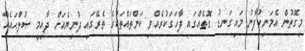
މިގޮތުން އެމަނިކުފާނު މައިގަނޑު ގޮތެއްގައި ފާހަގަކުރެއްވި ކަންތައްތަކުގެ ތެރޭގައި ދުނިޔެއަށް ދާއިމީ ޞުލްޙައެއް